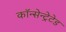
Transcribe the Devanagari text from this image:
कॉन्सेन्ट्रेटेड